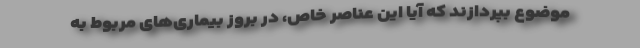
موضوع بپردازند که آیا این عناصر خاص، در بروز بیماری‌های مربوط به